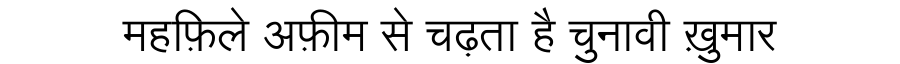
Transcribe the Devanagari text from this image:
महफ़िले अफ़ीम से चढ़ता है चुनावी ख़ुमार